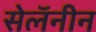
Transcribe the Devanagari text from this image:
सेलॅनीन